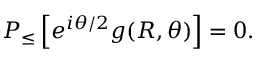
{ \cal P } _ { \leq } \left[ e ^ { i \theta / 2 } g ( R , \theta ) \right] = 0 .